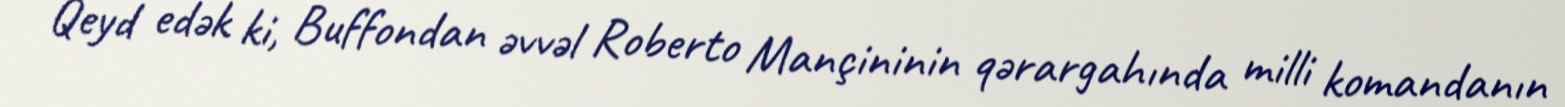
Qeyd edək ki, Buffondan əvvəl Roberto Mançininin qərargahında milli komandanın